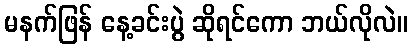
မနက်ဖြန် နေ့ခင်းပွဲ ဆိုရင်ကော ဘယ်လိုလဲ။